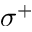
\sigma ^ { + }